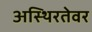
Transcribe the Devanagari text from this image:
अस्थिरतेवर